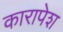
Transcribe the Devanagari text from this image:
कारापेश